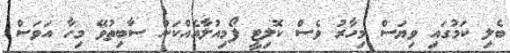
ބެލި ކަމުގައި ވިޔަސް މިހާރު ވެސް ކޮލިޓީ ފޯމިއުލާއެއްކަން ސާބިތުވޭ މިހާ އަވަސް